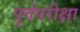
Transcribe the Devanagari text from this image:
पूर्वपरीक्षा